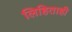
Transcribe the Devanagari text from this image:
लिहिताही